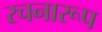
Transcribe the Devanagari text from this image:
रचनारूप